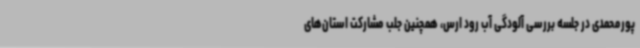
پورمحمدی در جلسه بررسی آلودگی آب رود ارس، همچنین جلب مشارکت استان‌های